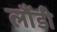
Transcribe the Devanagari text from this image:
लौंडी